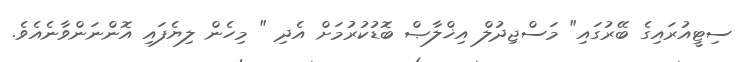
ސިޓީއުރައިގެ ބޭރުގައި" މަސްޖިދުލް އިޚްލާޞް ބޮޑުކުރުމަށް އެދި " މިހެން ލިޔެފައި އޮންނަންވާނެއެވެ.